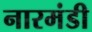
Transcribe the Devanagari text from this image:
नारमंडी